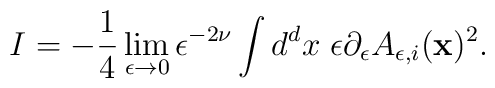
I=-{1\over 4}\lim_{\epsilon\to 0}\epsilon^{-2\nu}\int d^dx\;  \epsilon \partial_\epsilon A_{\epsilon,i}({\bf x})^2.